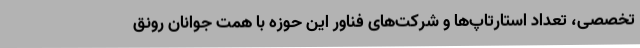
تخصصی، تعداد استارتاپ‌ها و شرکت‌های فناور این حوزه با همت جوانان رونق